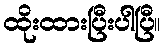
ထိုးထားပြီးပါပြီ။